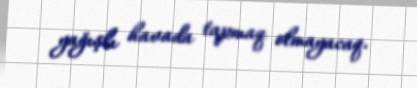
yağışlı havada tapmaq olmayacaq.